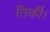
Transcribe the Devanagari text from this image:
तिर्की।